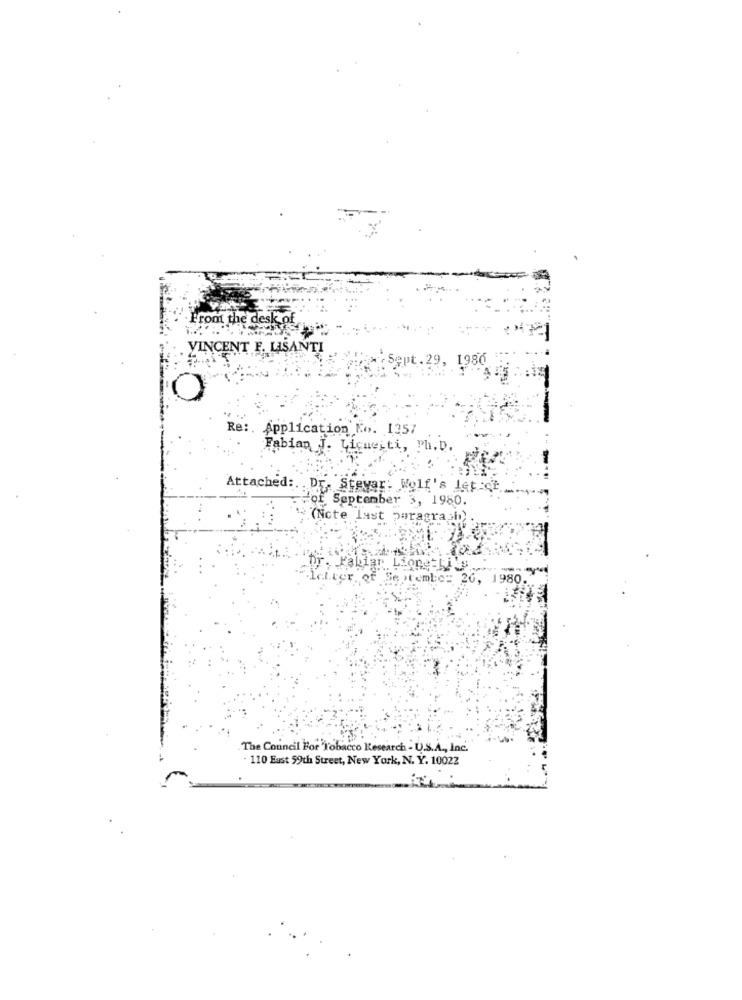
Front the desk of
VINCENT F. LISANTI
Re :. Application Ko. 1357
Fabian J. Licuesti, Ph.D.
Attached: Dr. Stevar. Wolf's Let
of September 3, 1980.
(Note Last paragraph
26.
The Council For Tobacco Research - U.S.A ., Inc.
110 East 59th Street, New York, N. Y. 10022